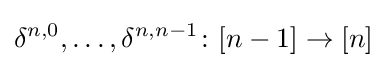
\delta ^{n,0},\dotsc ,\delta ^{n,n-1}\colon [n-1]\to [n]